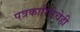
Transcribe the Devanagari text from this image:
पत्रकारितेचेही